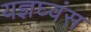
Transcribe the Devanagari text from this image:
यज्ञघ्वंस